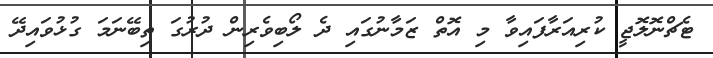
ޓެޗްނޮލޮޖީ ކުރިއަރާފައިވާ މި އޮތް ޒަމާނުގައި ދެ ލޯބިވެރިން ދުރުގަ ތިބޭނަމަ ގުޅުވައިދޭ